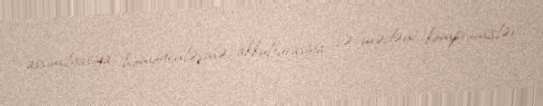
assimilyasiya, homogenləşmə, akkulturasiya və mədəni kompromislər.